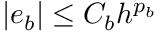
| e _ { b } | \le C _ { b } h ^ { p _ { b } }